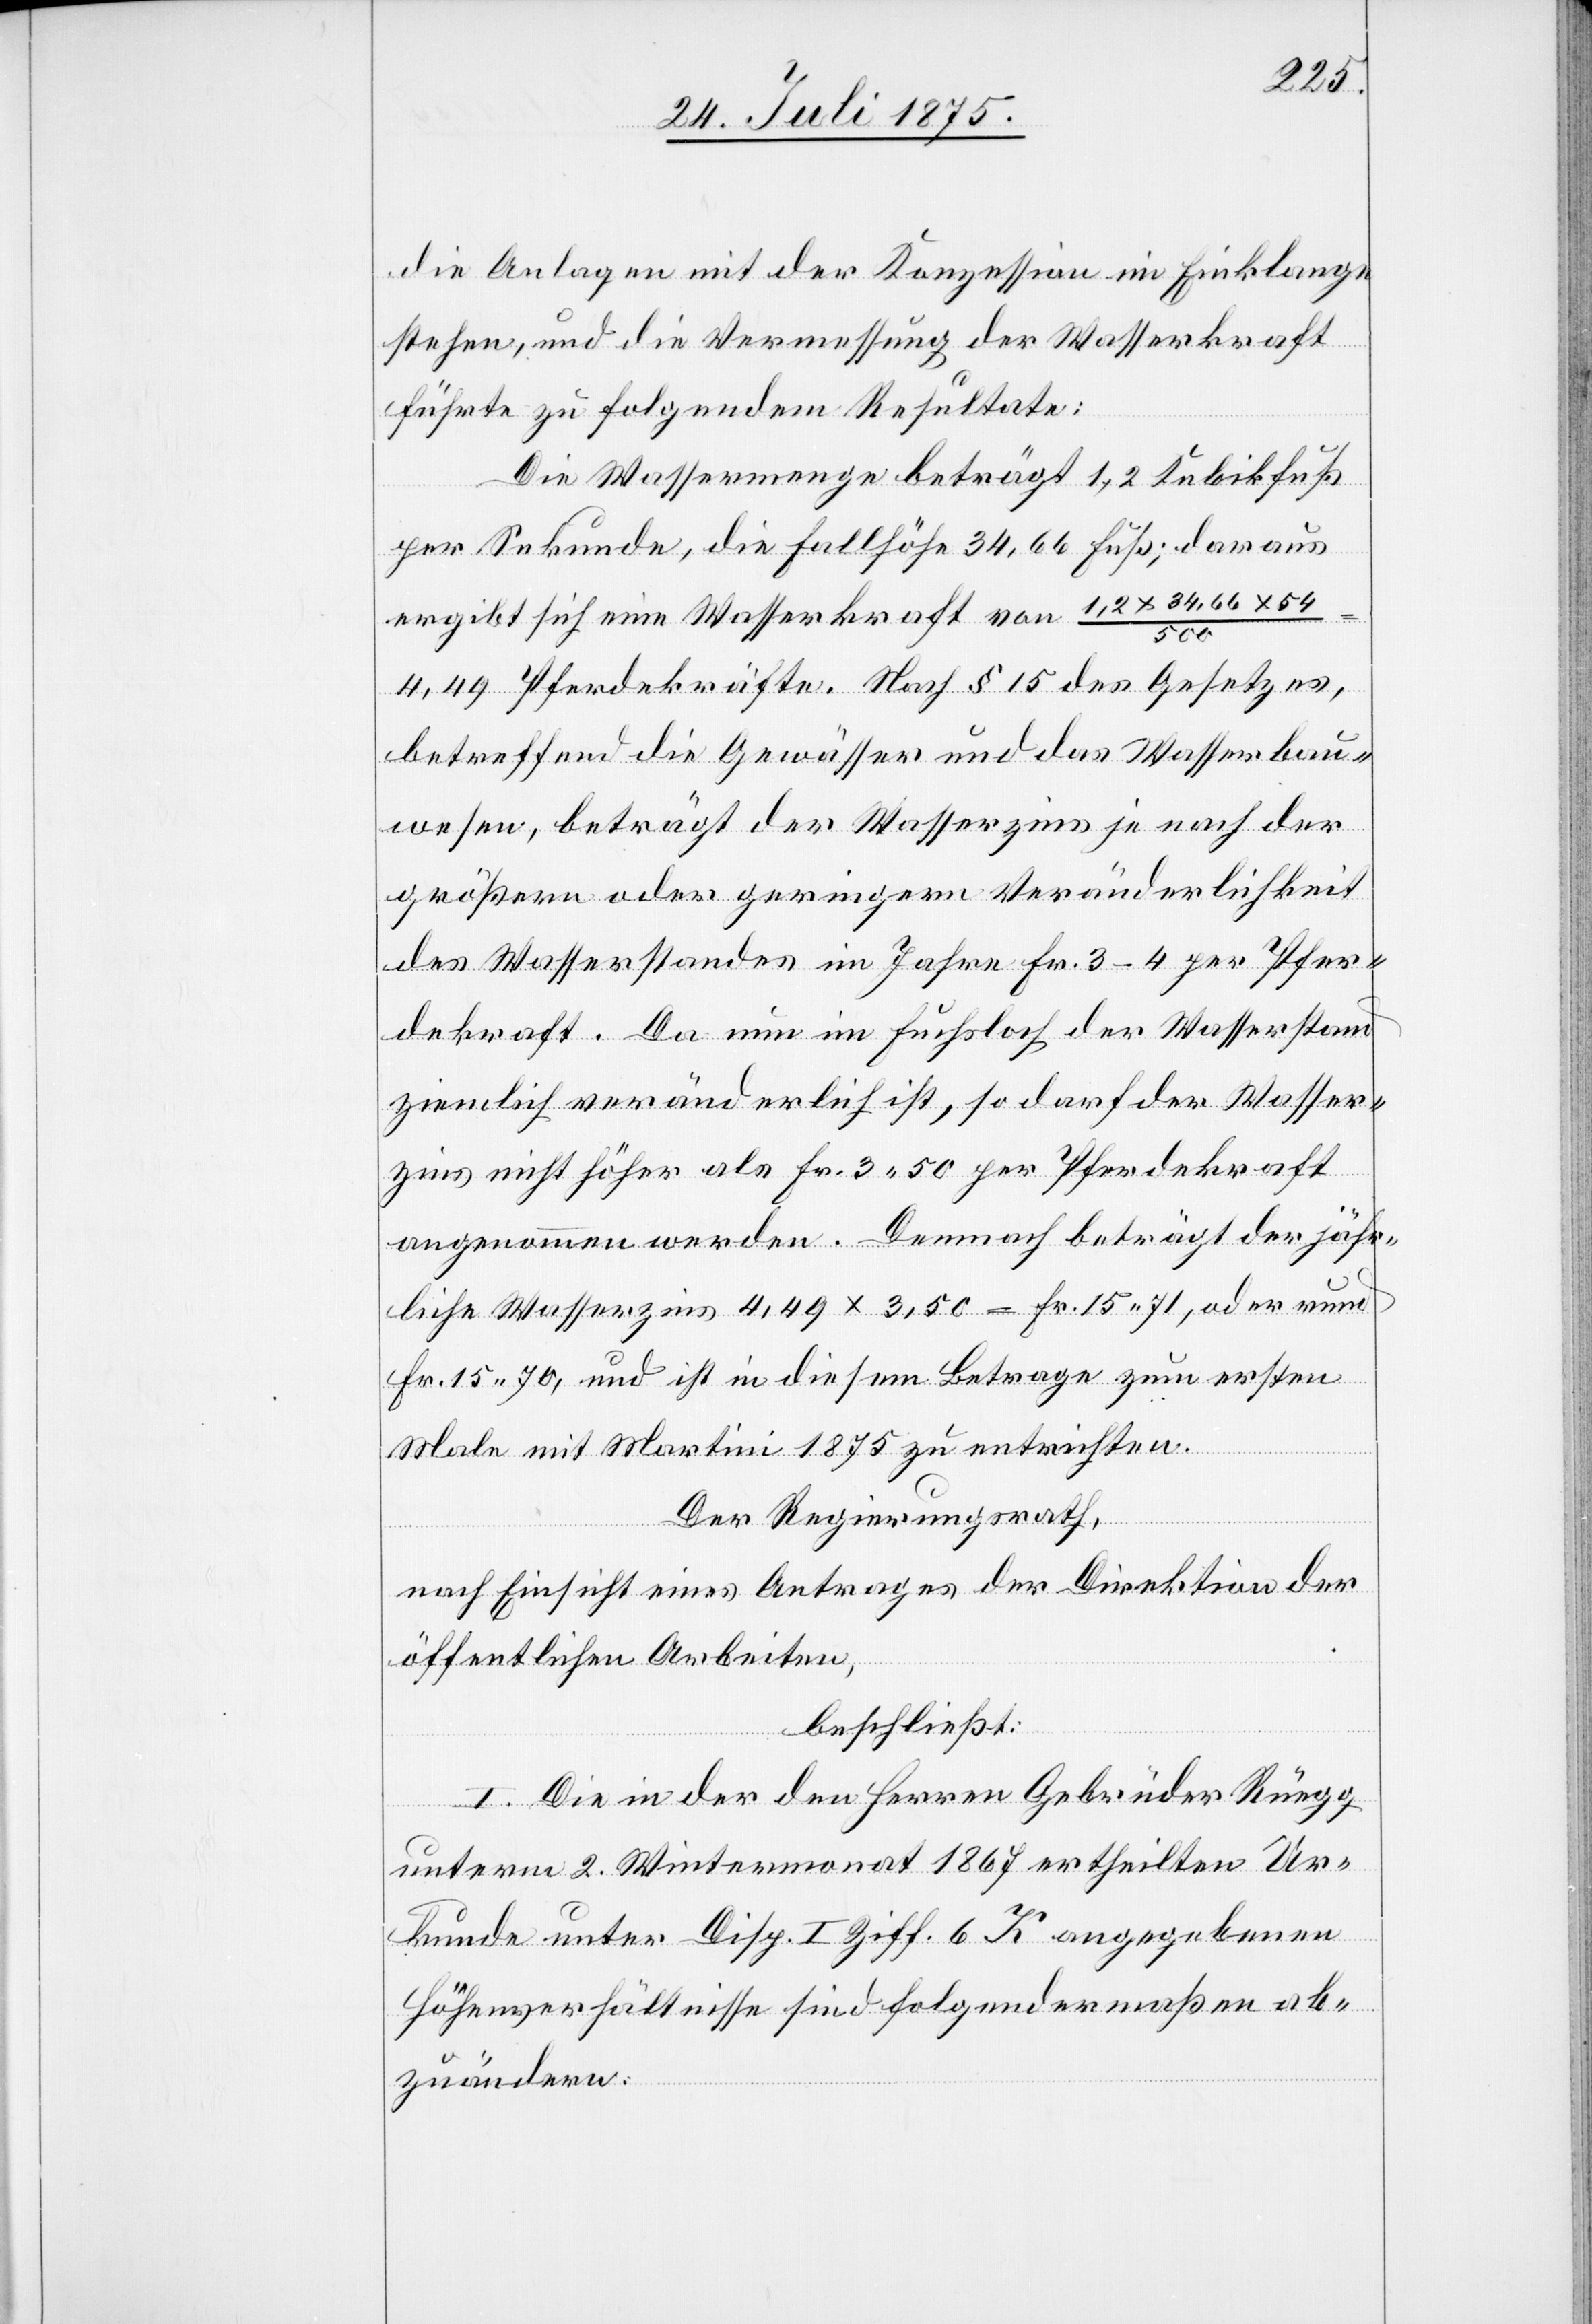
die Anlagen mit der Konzession im Einklange
stehen, und die Vermessung der Wasserkraft
führte zu folgendem Resultate:
Die Wassermenge beträgt 1,2 Kubikfuß
per Sekunde, die Fallhöhe 34,66 Fuß; daraus
ergibt sich eine Wasserkraft von 1,2*34,66*54/500
4,49 Pferdekräfte. Nach § 15 des Gesetzes,
betreffend die Gewässer und das Wasserbau¬
wesen, beträgt der Wasserzins je nach der
größern oder geringern Veränderlichkeit
des Wasserstandes im Jahre Fr. 3–4 per Pfer¬
dekraft. Da nun um Fuchsloch der Wasserstand
ziemlich veränderlich ist, do darf der Wasser¬
zins nicht höher als Fr. 3 50 per Pferdekraft
angenommen werden. Demnach beträgt der jähr¬
liche Wasserzins 4,49 * 3,50 = Fr. 15 71, oder rund
Fr. 15 70, und ist in diesem Betrage zum ersten
Male mit Martini 1875 zu entrichten.
Der Regierungsrath,
nach Einsicht eines Antrages der Direktion der
öffentlichen Arbeiten,
beschließt:
I. Die in der den Herren Gebrüder Rüegg
unterm 2. Wintermonat 1867 ertheilten Ur¬
kunde unter Disp. I Ziff. 6K angegebenen
Höhenverhältnisse sind folgendermaßen ab¬
zuändern: